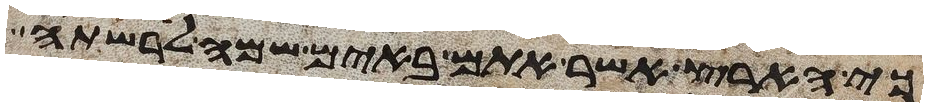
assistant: כי הארץ אשר אתם באים שמה לרשתה